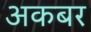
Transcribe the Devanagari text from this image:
अकबर